Annual report on the working of the Harcourt Butler Institute of Public Health, Rangoon
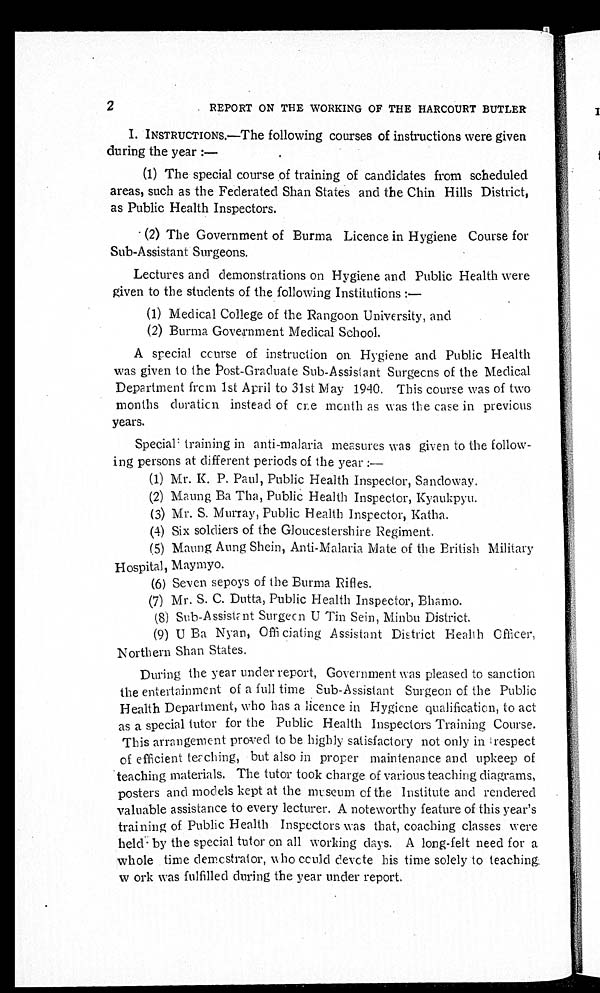
2 REPORT ON THE WORKING OF THE HARCOURT BUTLER
I. INSTRUCTIONS.—The following courses of instructions were given
during the year:
—
(1) The special course of training of candidates from scheduled
areas, such as the Federated Shan States and the Chin Hills District,
as Public Health Inspectors.
(2) The Government of Burma Licence in Hygiene Course for
Sub Assistant Surgeons.
Lectures and demonstrations on Hygiene and Public Health were.
given to the students of the following Institutions
:—
(1) Medical College of the Rangoon University, and
(2) Burma Government Medical School.
A special course of instruction on Hygiene and Public Health
was given to the Post-Graduate Sub-Assistant Surgeons of the Medical
Department from 1st April to 31st May 1940. This course was of two
months duration instead of one month as was the case in previous
years.
Special training in anti-malaria measures was given to the follow--
ing persons at different periods of the year
:—
(1) Mr. K. P. Paul, Public Health Inspector, Sandoway.
(2) Maung Ba Tha, Public Health Inspector, Kyaukpyu.
(3) Mr. S. Murray, Public Health Inspector, Katha.
(4) Six soldiers of the Gloucestershire Regiment.
(5) Maung Aung Shein, Anti-Malaria Mate of the British Military
Hospital, Maymyo.
(6) Seven sepoys of the Burma Rifles.
(7) Mr. S. C. Dutta, Public Health Inspector, Bhamo.
(8) Sub-Assistant Surgeon U Tin Sein, Minbu District.
(9) U Ba Nyan, Officiating Assistant District Health Officer,
Northern Shan States.
During the year under report, Government was pleased to sanction
the entertainment of a full time Sub-Assistant Surgeon of the Public
Health Department, who has a licence in Hygiene qualification, to act
as a special tutor for the Public Health Inspectors Training Course.
This arrangement proved to be highly satisfactory not only in respect
of efficient teaching, but also in proper maintenance and upkeep of
teaching materials. The tutor took charge of various teaching diagrams,
posters and models kept at the museum of the Institute and rendered
valuable assistance to every lecturer. A noteworthy feature of this year's
training of Public Health Inspectors was that, coaching classes were
held by the special tutor on all working days. A long-felt need for a
whole time demostrator, who could devote his time solely to teaching
work was fulfilled during the year under report.